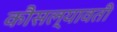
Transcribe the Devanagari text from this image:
कौसल्यावती